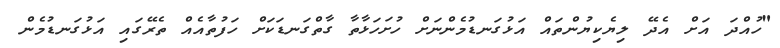
"ހުއްދަ އަށް އެދޭ ލިޔެކިޔުންތައް އަޅުގަނޑުމެންނަށް ހުށަހަޅާތާ ގާތްގަނޑަކަށް ހަފުތާއެއް ތެރޭގައި އަޅުގަނޑުމެން